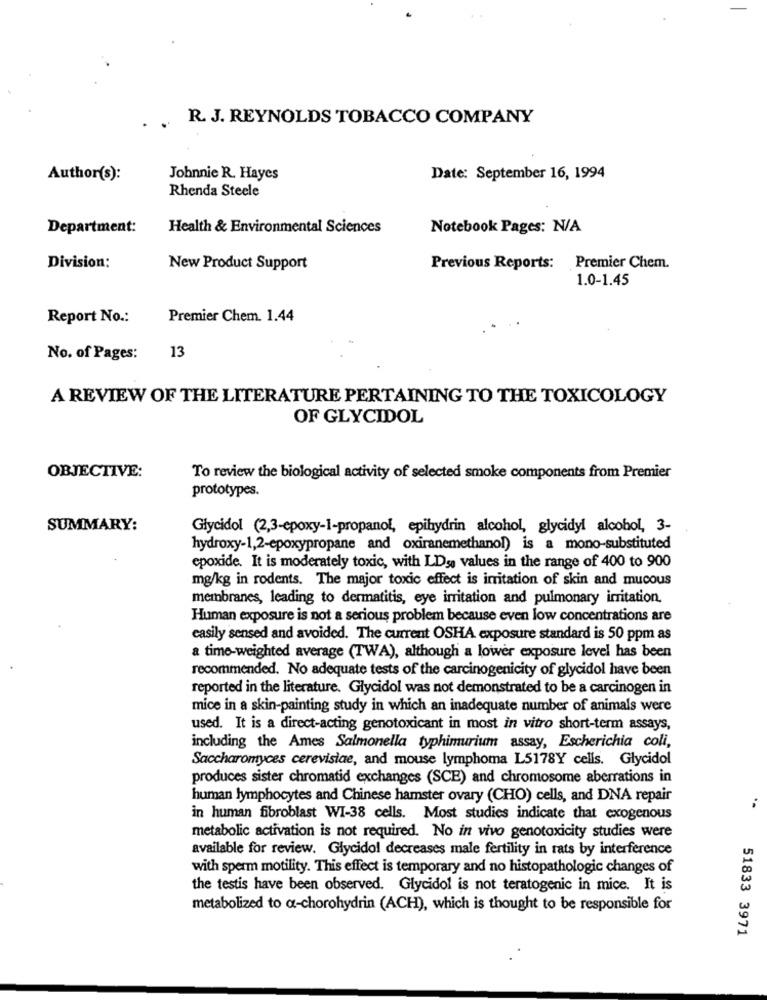
R. J. REYNOLDS TOBACCO COMPANY
Author(s):
Johnnie R. Hayes
Date: September 16, 1994
Rhenda Steele
Department:
Health & Environmental Sciences
Notebook Pages: N/A
Division:
New Product Support
Previous Reports: Premier Chem.
1.0-1.45
Report No .:
Premier Chem. 1.44
No. of Pages: 13
A REVIEW OF THE LITERATURE PERTAINING TO THE TOXICOLOGY
OF GLYCIDOL
OBJECTIVE:
To review the biological activity of selected smoke components from Premier
prototypes.
SUMMARY:
Głycidol (2,3-epoxy-1-propanol, epihydrin alcohol, glycidyl alcohol, 3-
hydroxy-1,2-epoxypropane and oxiranemethanol) is a mono-substituted
epoxide. It is moderately toxic, with LDso values in the range of 400 to 900
mg/kg in rodents. The major toxic effect is irritation of skin and mucous
membranes, leading to dermatitis, eye irritation and pulmonary irritation.
Human exposure is not a serious problem because even low concentrations are
easily sensed and avoided. The current OSHA exposure standard is 50 ppm as
a time-weighted average (TWA), although a lower exposure level has been
recommended. No adequate tests of the carcinogenicity of glycidol have been
reported in the literature. Glycidol was not demonstrated to be a carcinogen in
mice in a skin-painting study in which an inadequate number of animals were
used. It is a direct-acting genotoxicant in most in vitro short-term assays,
including the Ames Salmonella typhimurium assay, Escherichia coli,
Saccharomyces cerevisiae, and mouse lymphoma L5178Y cells. Glycidol
produces sister chromatid exchanges (SCE) and chromosome aberrations in
human lymphocytes and Chinese hamster ovary (CHO) cells, and DNA repair
in human fibroblast WI-38 cells. Most studies indicate that exogenous
metabolic activation is not required. No in vivo genotoxicity studies were
available for review. Glycidol decreases male fertility in rats by interference
with sperm motility. This effect is temporary and no histopathologic changes of
the testis have been observed. Glycidol is not teratogenic in mice. It is
metabolized to a-chorohydrin (ACH), which is thought to be responsible for
51833 3971